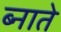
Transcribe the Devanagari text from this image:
ब्नाते